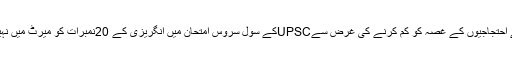
واضح رہے کہ مودی حکومت نے احتجاجیوں کے غصہ کو کم کرنے کی غرض سےUPSCکے سول سروس امتحان میں انگریزی کے 20نمبرات کو میرٹ میں نہیں جوڑے جانے کا فیصلہ کیا ہے۔